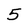
Character: 5